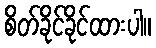
စိတ်ခိုင်ခိုင်ထားပါ။